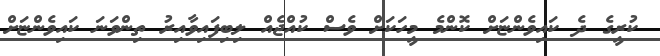
ކުރީގެ ދެ ކައިވެންޏަށް ކޮންމެ މީހަކަށް ވެސް ކުއްޖެއް ލިބިފައިވާއިރު ތިންވަނަ ކައިވެންޏަށް